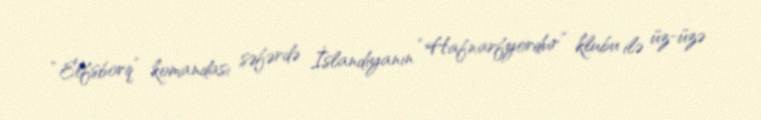
“Elfsborq” komandası səfərdə İslandiyanın “Hafnarfyordur” klubu ilə üz-üzə